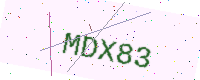
Text: MDX83